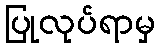
ပြုလုပ်ရာမှ